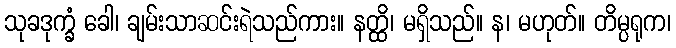
သုခဒုက္ခံ ခေါ၊ ချမ်းသာဆင်းရဲသည်ကား။ နတ္ထိ၊ မရှိသည်။ န၊ မဟုတ်။ တိမ္ပရုက၊